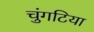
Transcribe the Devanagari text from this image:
चुंगटिया